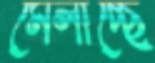
মেলাচ্ছে